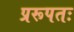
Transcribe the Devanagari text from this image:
प्ररूपतः